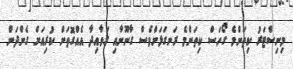
މިނިސްޓަރު ކިތަަންމެ ގޯހަސް ކިތަންމެ ރަނގަޅަށްވެސް ގާނޫނާއި ގަވާއިދާ އެއްގޮތަށް ކުރިއަށް ގެންދަން